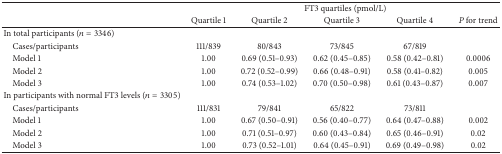
|  | <COLSPAN=5> FT3 quartiles (pmol/L) |
 |  | Quartile 1 | Quartile 2 | Quartile 3 | Quartile 4 | P for trend |
 | --- | --- | --- | --- | --- | --- |
 | In total participants (n = 3346) |  |  |  |  |  |
 | Cases/participants | 111/839 | 80/843 | 73/845 | 67/819 |  |
 | Model 1 | 1.00 | 0.69 (0.51–0.93) | 0.62 (0.45–0.85) | 0.58 (0.42–0.81) | 0.0006 |
 | Model 2 | 1.00 | 0.72 (0.52–0.99) | 0.66 (0.48–0.91) | 0.58 (0.41–0.82) | 0.005 |
 | Model 3 | 1.00 | 0.74 (0.53–1.02) | 0.70 (0.50–0.98) | 0.61 (0.43–0.87) | 0.007 |
 | In participants with normal FT3 levels (n = 3305) |  |  |  |  |  |
 | Cases/participants | 111/831 | 79/841 | 65/822 | 73/811 |  |
 | Model 1 | 1.00 | 0.67 (0.50–0.91) | 0.56 (0.40–0.77) | 0.64 (0.47–0.88) | 0.002 |
 | Model 2 | 1.00 | 0.71 (0.51–0.97) | 0.60 (0.43–0.84) | 0.65 (0.46–0.91) | 0.02 |
 | Model 3 | 1.00 | 0.73 (0.52–1.01) | 0.64 (0.45–0.91) | 0.69 (0.49–0.98) | 0.02 |